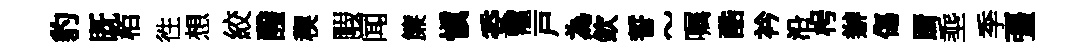
豹既栢徃想絞醱稧睱闻簾愼委寵戸為欽誓~嘱酷衿沿枵辦傷蹰埀季彊